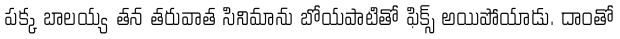
పక్క బాలయ్య తన తరువాత సినిమాను బోయపాటితో ఫిక్స్ అయిపోయాడు. దాంతో